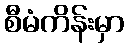
စီမံကိန်းမှာ